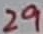
Text: 29